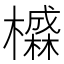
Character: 𱤭